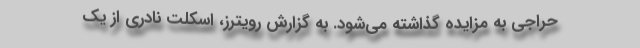
حراجی به مزایده گذاشته می‌شود. به گزارش رویترز، اسکلت نادری از یک